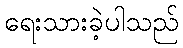
ရေးသားခဲ့ပါသည်